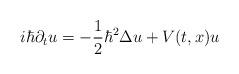
LaTeX: \begin{align*}i\hbar \partial_t u=-\frac{1}{2}\hbar^2\Delta u+V(t,x)u\end{align*}